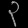
Digit: ၃